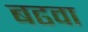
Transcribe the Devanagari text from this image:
बढवा